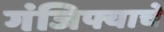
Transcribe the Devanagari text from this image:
गंजिफ्याचे